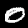
Label: 0